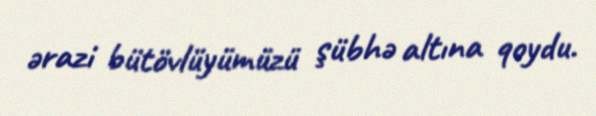
ərazi bütövlüyümüzü şübhə altına qoydu.